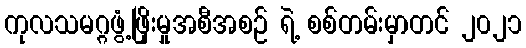
ကုလသမဂ္ဂဖွံ့ဖြိုးမှုအစီအစဉ် ရဲ့ စစ်တမ်းမှာတင် ၂၀၂၁